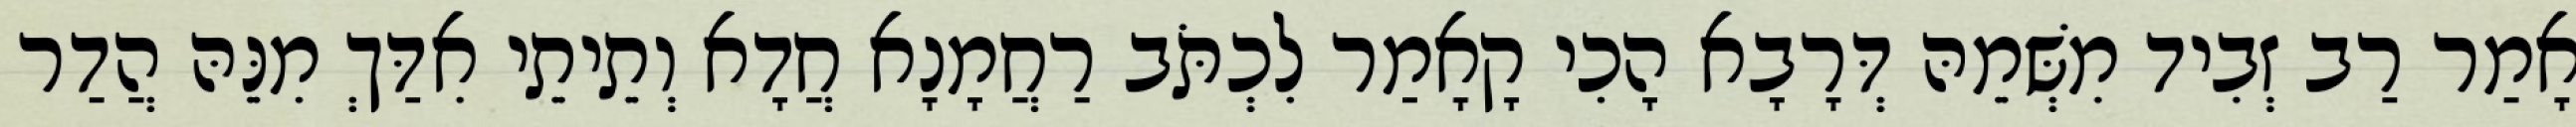
אָמַר רַב זְבִיד מִשְּׁמֵהּ דְּרָבָא הָכִי קָאָמַר לִכְתֹּב רַחֲמָנָא חֲדָא וְתֵיתֵי אִדַּךְ מִנֵּהּ הֲדַר